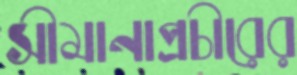
সীমানাপ্রচীরের